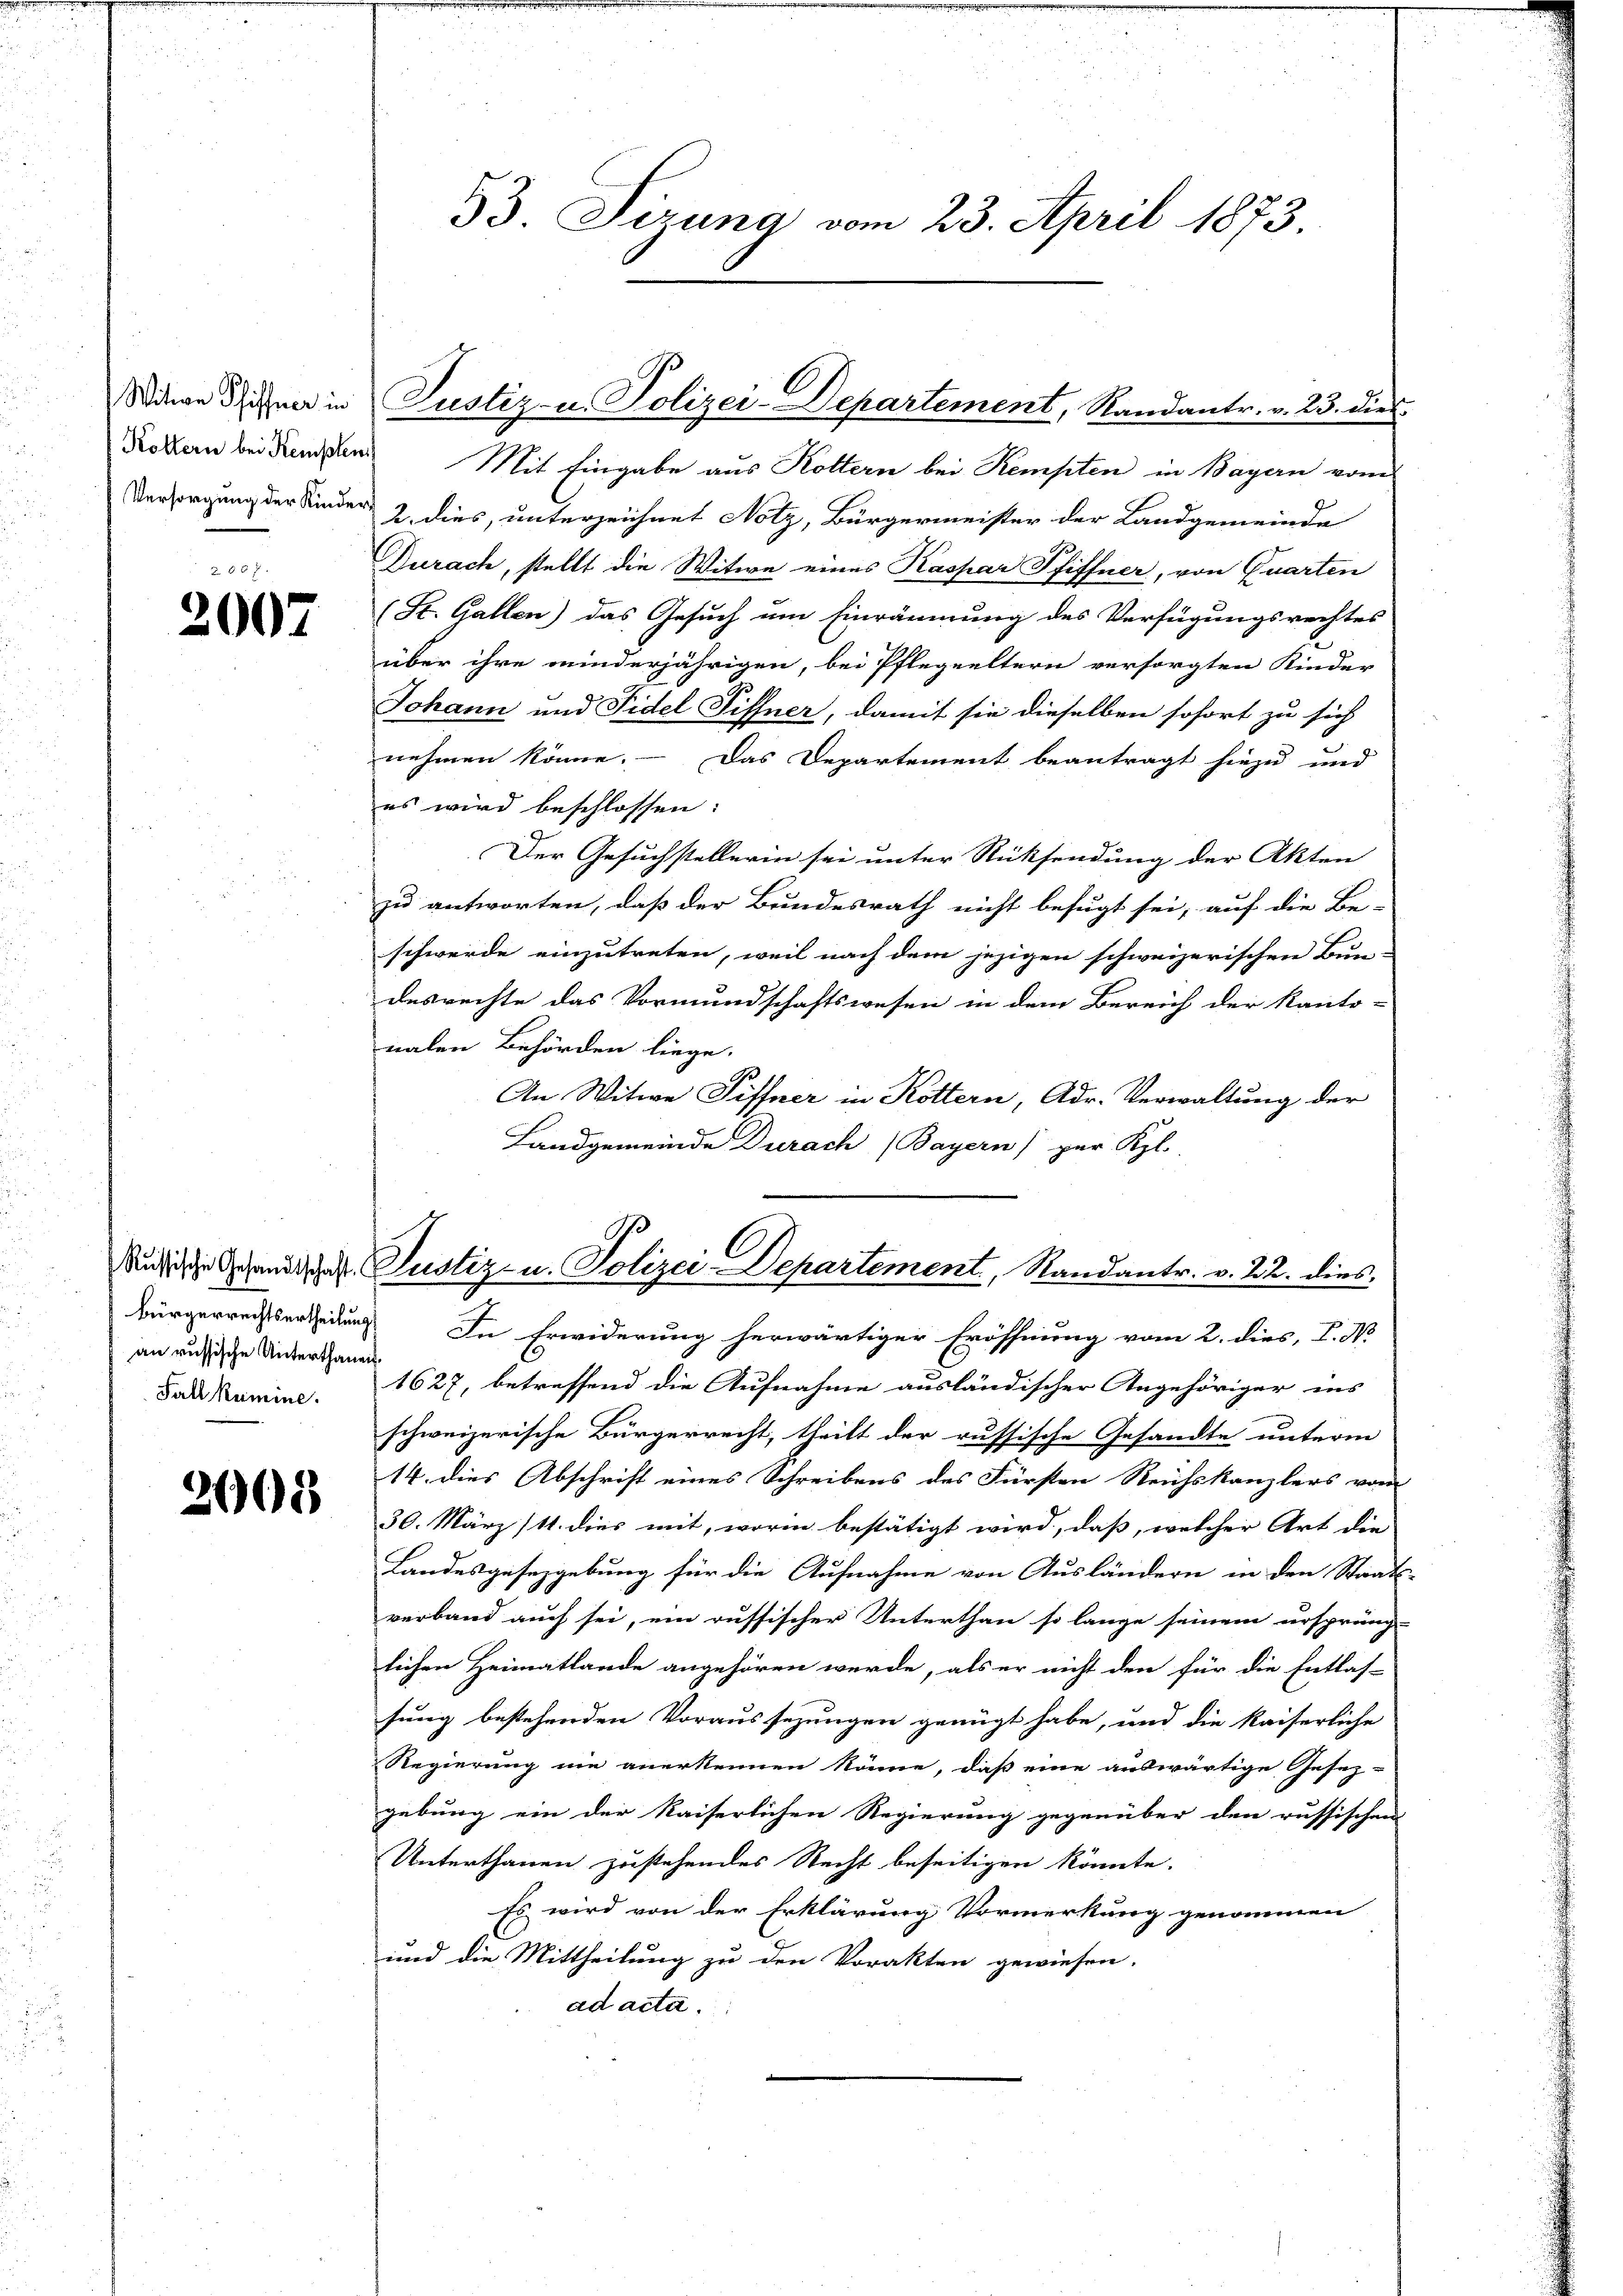
Witwe Schiffner in
Köllern bei Kempten
Versorgung der Kinde.

2007

Bürgerrechtsurtheilung
an russische Unterthanen.
Fall krimine.

2668

33. Sizung vom 23. April 1873.

Mit Eingabe aus Kottern bei Kempten in Bayern vom
2. dies, unterzeichnet Notz, Bürgermeister der Landgemeinde
Durach, stellt die Witwe eines Kaspar Pfiffner, von Quarten
(St. Gallen) das Gesuch um Einräumung des Verfügungsrechtes
über ihre minderjährigen, bei Pflegeeltern versorgten Kinder
Johann und Fidel Siffner, damit sie dieselben sofort zu sich
nehmen könne. – Das Departement beantragt hiezu und
es wird beschlossen:
Der Gesuchstellerin sei unter Rücksendung der Akten
zu antworten, daß der Bundesrath nicht befugt sei, auf die Be-
schwerde einzutreten, weil nach dem jezigen schweizerischen Bun-
desrechte das Vormundschaftswesen in dem Bereich der Kanto-
nalen Behörden liege.
An Witwe Siffner in Köttern, Adr. Verwaltung der
Landgemeinde Durach (Bayern) per Kgl.
C
Nusische Gesandter Justiz- u. Polizei-Departement, Standantr. v. 22. dies
In Erwiderung herwärtiger Eröffnung vom 2. dies, I. N.
1627, betreffend die Aufnahme ausländischer Angehöriger ins
schweizerische Bürgerrecht, theilt der russische Gesandte unterm
14. dies Abschrift eines Schreibens des Fürsten Reichskanzlers vom
30. März (11. dies mit, worin bestätigt wird, daß, welcher Art die
Landesgesezgebung für die Aufnahme von Ausländern in den Staats-
verband auch sei, ein russischer Unterthan so lange seinem ursprüng-
lichen Heimatlande angehören werde, als er nicht den für die Entlas-
sung bestehenden Voraussezungen genügt habe, und die kaiserliche
Regierung nie anerkennen könne, daß eine auswärtige Gesez-
gebung ein der Kaiserlichen Regierung gegenüber den russischen
Unterthanen zustehendes Recht beseitigen könnte.
Es wird von der Erklärung Vormerkung genommen
und die Mittheilung zu den Vorakten gewiesen.
ad acta.

Justiz- u. Polizei-Departement, Randantr. v. 23. dies